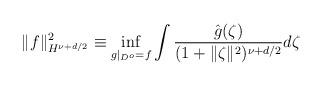
LaTeX: \begin{align*}\|f\|^2_{H^{\nu+d/2}}\equiv\inf_{g|_{D^o}=f}\int \frac{\hat g(\zeta)}{(1+\|\zeta\|^2)^{\nu+d/2}}d\zeta \end{align*}